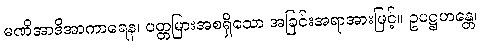
မဏိအာဒိအာကာရေန၊ ပတ္တမြားအစရှိသော အခြင်းအရာအားဖြင့်။ ဥပဋ္ဌဟန္တေ၊